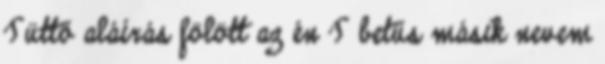
Tüttő aláírás fölött az én T betűs másik nevem